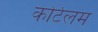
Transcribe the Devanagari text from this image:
कोर्टलम